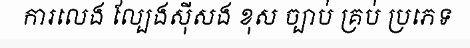
ការលេង ល្បែងស៊ីសង ខុស ច្បាប់ គ្រប់ ប្រភេទ